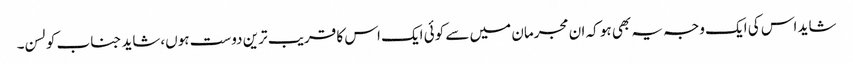
شاید اس کی ایک وجہ یہ بھی ہو کہ ان مجرمان میں سے کوئی ایک اس کا قریب ترین دوست ہوں،شاید جناب کولسن۔